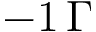
- 1 \, \Gamma